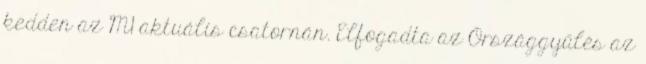
kedden az M1 aktuális csatornán. Elfogadta az Országgyűlés az